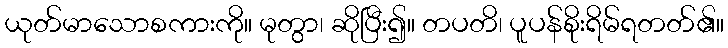
ယုတ်မာသောစကားကို။ မုတွာ၊ ဆိုပြီး၍။ တပတိ၊ ပူပန်စိုးရိမ်ရတတ်၏။